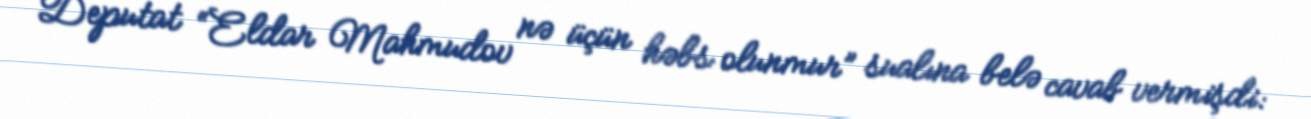
Deputat “Eldar Mahmudov nə üçün həbs olunmur” sualına belə cavab vermişdi: